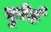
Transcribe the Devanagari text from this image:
दुरेई